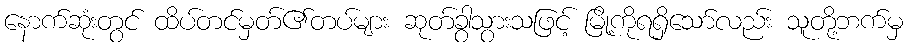
နောက်ဆုံးတွင် ထိပ်တင်မှတ်၏တပ်များ ဆုတ်ခွာသွားသဖြင့် မြို့ကိုရရှိသော်လည်း သူတို့ဘက်မှ